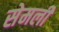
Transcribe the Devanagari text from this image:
सेमली